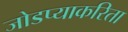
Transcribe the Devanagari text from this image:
जोडप्याकरिता